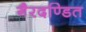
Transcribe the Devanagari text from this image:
गैरदण्डित